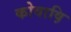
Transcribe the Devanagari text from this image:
कोवाष़ि